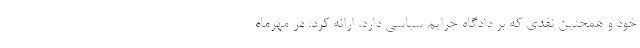
خود و همچنین نقدی که بر دادگاه جرایم سیاسی دارد، ارائه کرد: در مهرماه